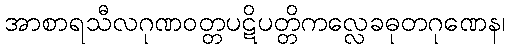
အာစာရသီလဂုဏဝတ္တပဋိပတ္တိကလ္လေခဓုတဂုဏေန၊